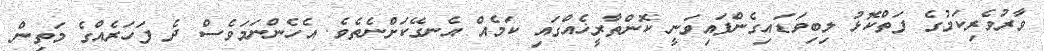
ވާރުވެރިކަމުގެ ފަތްކޮޅު ލިބިވަޑައިގެންފައިވަނީ ކޮންތާރީޚެއްގައި ކަމެއް އެނގޭކަށްނެތެވެ. އެހެންނަމަވެސް ދެ ފަހަރެއްގެ މަތިން